Indian journal of veterinary science and animal husbandry - Volume 2,
Year: 1932
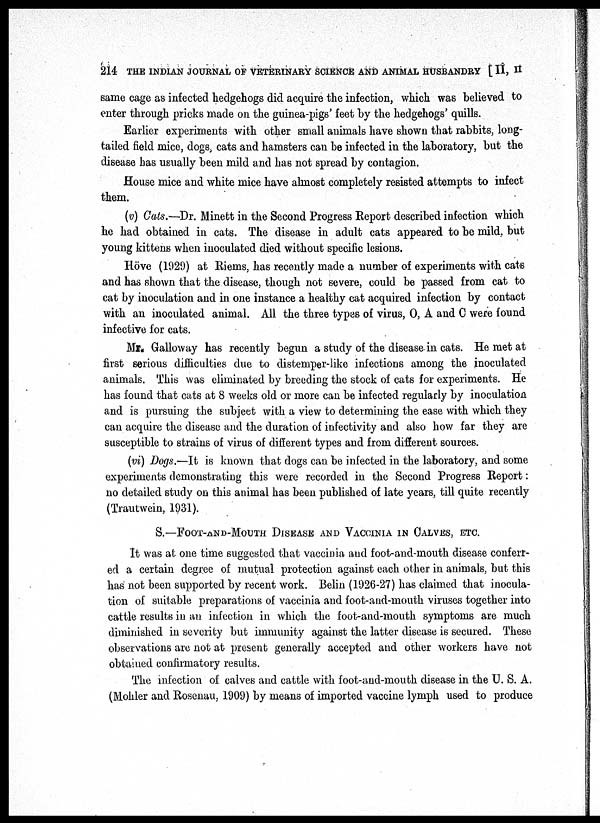
214 THE INDIAN JOURNAL OF VETERINARY SCIENCE AND ANIMAL HUSBANDRY [ II, II
same cage as infected hedgehogs did acquire the infection, which was believed to
enter through pricks made on the guinea-pigs' feet by the hedgehogs' quills.
Earlier experiments with other small animals have shown that rabbits, long-
tailed field mice, dogs, cats and hamsters can be infected in the laboratory, but the
disease has usually been mild and has not spread by contagion.
House mice and white mice have almost completely resisted attempts to infect
them.
(v) Cats.—Dr. Minett in the Second Progress Report described infection which
he had obtained in cats. The disease in adult cats appeared to be mild, but
young kittens when inoculated died without specific lesions.
Höve (1929) at Riems, has recently made a number of experiments with cats
and has shown that the disease, though not severe, could be passed from cat to
cat by inoculation and in one instance a healthy cat acquired infection by contact
with an inoculated animal. All the three types of virus, O, A and C were found
infective for cats.
Mr. Galloway has recently begun a study of the disease in cats. He met at
first serious difficulties due to distemper-like infections among the inoculated
animals. This was eliminated by breeding the stock of cats for experiments. He
has found that cats at 8 weeks old or more can be infected regularly by inoculation
and is pursuing the subject with a view to determining the ease with which they
can acquire the disease and the duration of infectivity and also how far they are
susceptible to strains of virus of different types and from different sources.
(vi) Dogs.—It is known that dogs can be infected in the laboratory, and some
experiments demonstrating this were recorded in the Second Progress Report :
no detailed study on this animal has been published of late years, till quite recently
(Trautwein, 1931).
S.—FOOT-AND-MOUTH DISEASE AND VACCINIA IN CALVES, ETC.
It was at one time suggested that vaccinia and foot-and-mouth disease conferr-
ed a certain degree of mutual protection against each other in animals, but this
has not been supported by recent work. Belin (1926-27) has claimed that inocula-
tion of suitable preparations of vaccinia and foot-and-mouth viruses together into
cattle results in an infection in which the foot-and-mouth symptoms are much
diminished in severity but immunity against the latter disease is secured. These
observations are not at present generally accepted and other workers have not
obtained confirmatory results.
The infection of calves and cattle with foot-and-mouth disease in the U. S. A.
(Mohler and Rosenau, 1909) by means of imported vaccine lymph used to produce